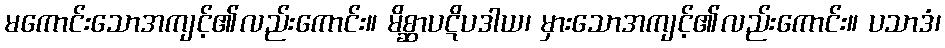
မကောင်းသောအကျင့်၏လည်းကောင်း။ မိစ္ဆာပဋိပဒါယ၊ မှားသောအကျင့်၏လည်းကောင်း။ ပသာဒံ၊